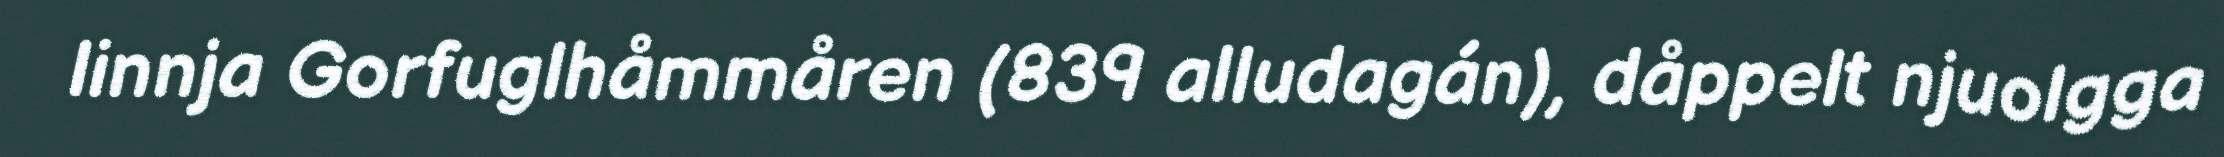
linnja Gorfuglhåmmåren (839 alludagán), dåppelt njuolgga